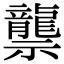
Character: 龒